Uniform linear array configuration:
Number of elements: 16
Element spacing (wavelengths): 0.5
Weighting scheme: cosine
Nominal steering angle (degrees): -30
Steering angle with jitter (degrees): -31.692
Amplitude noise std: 0.05
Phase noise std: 0.05

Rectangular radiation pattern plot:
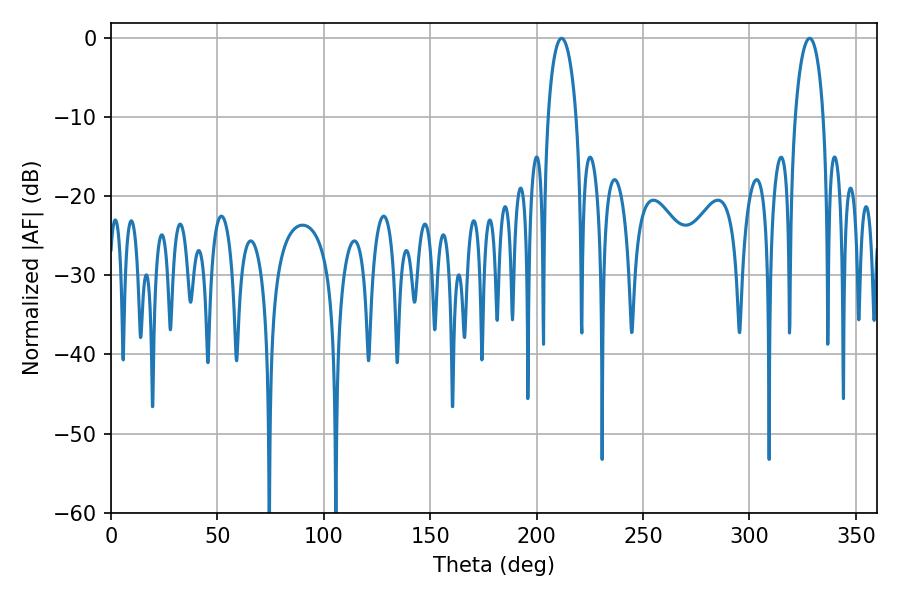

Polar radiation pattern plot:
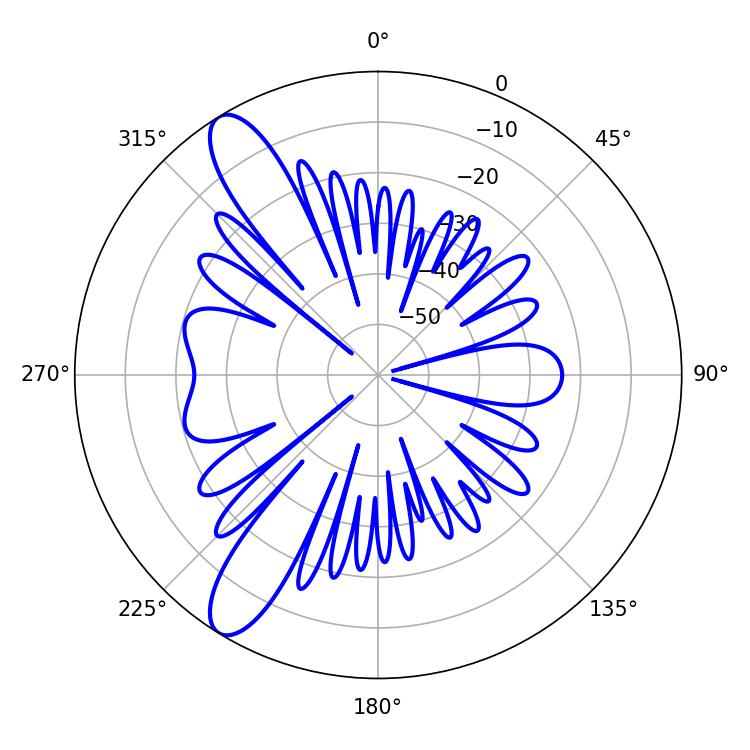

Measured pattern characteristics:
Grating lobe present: FALSE
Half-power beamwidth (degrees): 7.56
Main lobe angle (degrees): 211.68